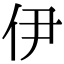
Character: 伊